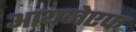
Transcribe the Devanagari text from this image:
आयजेएफ